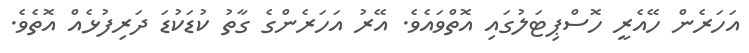
އަހަރެން ހޭއެރީ ހޮސްޕިޓަލުގައި އޮތްވައެވެ. އޭރު އަަހަރެންގެ ގާތު ކުޑަކުޑަ ދަރިފުޅެއް އޮތެވެ.